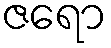
ဇရော